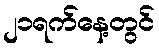
၂၁ရက်နေ့တွင်